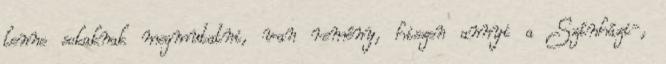
lenne sokaknak megmutatni, van remény, hiszen annyi a Színházi-,